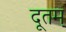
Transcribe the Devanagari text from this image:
दूतम्